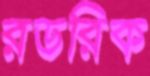
রডরিক